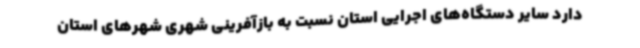
دارد سایر دستگاه‌های اجرایی استان نسبت به بازآفرینی شهری شهرهای استان